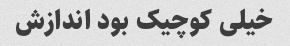
خیلی کوچیک بود اندازش